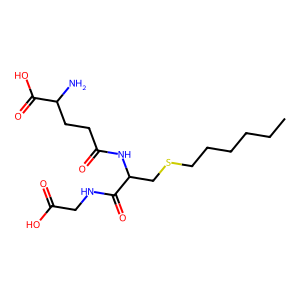
SMILES: CCCCCCSCC(NC(=O)CCC(N)C(=O)O)C(=O)NCC(=O)O
Inhibits HIV replication: No